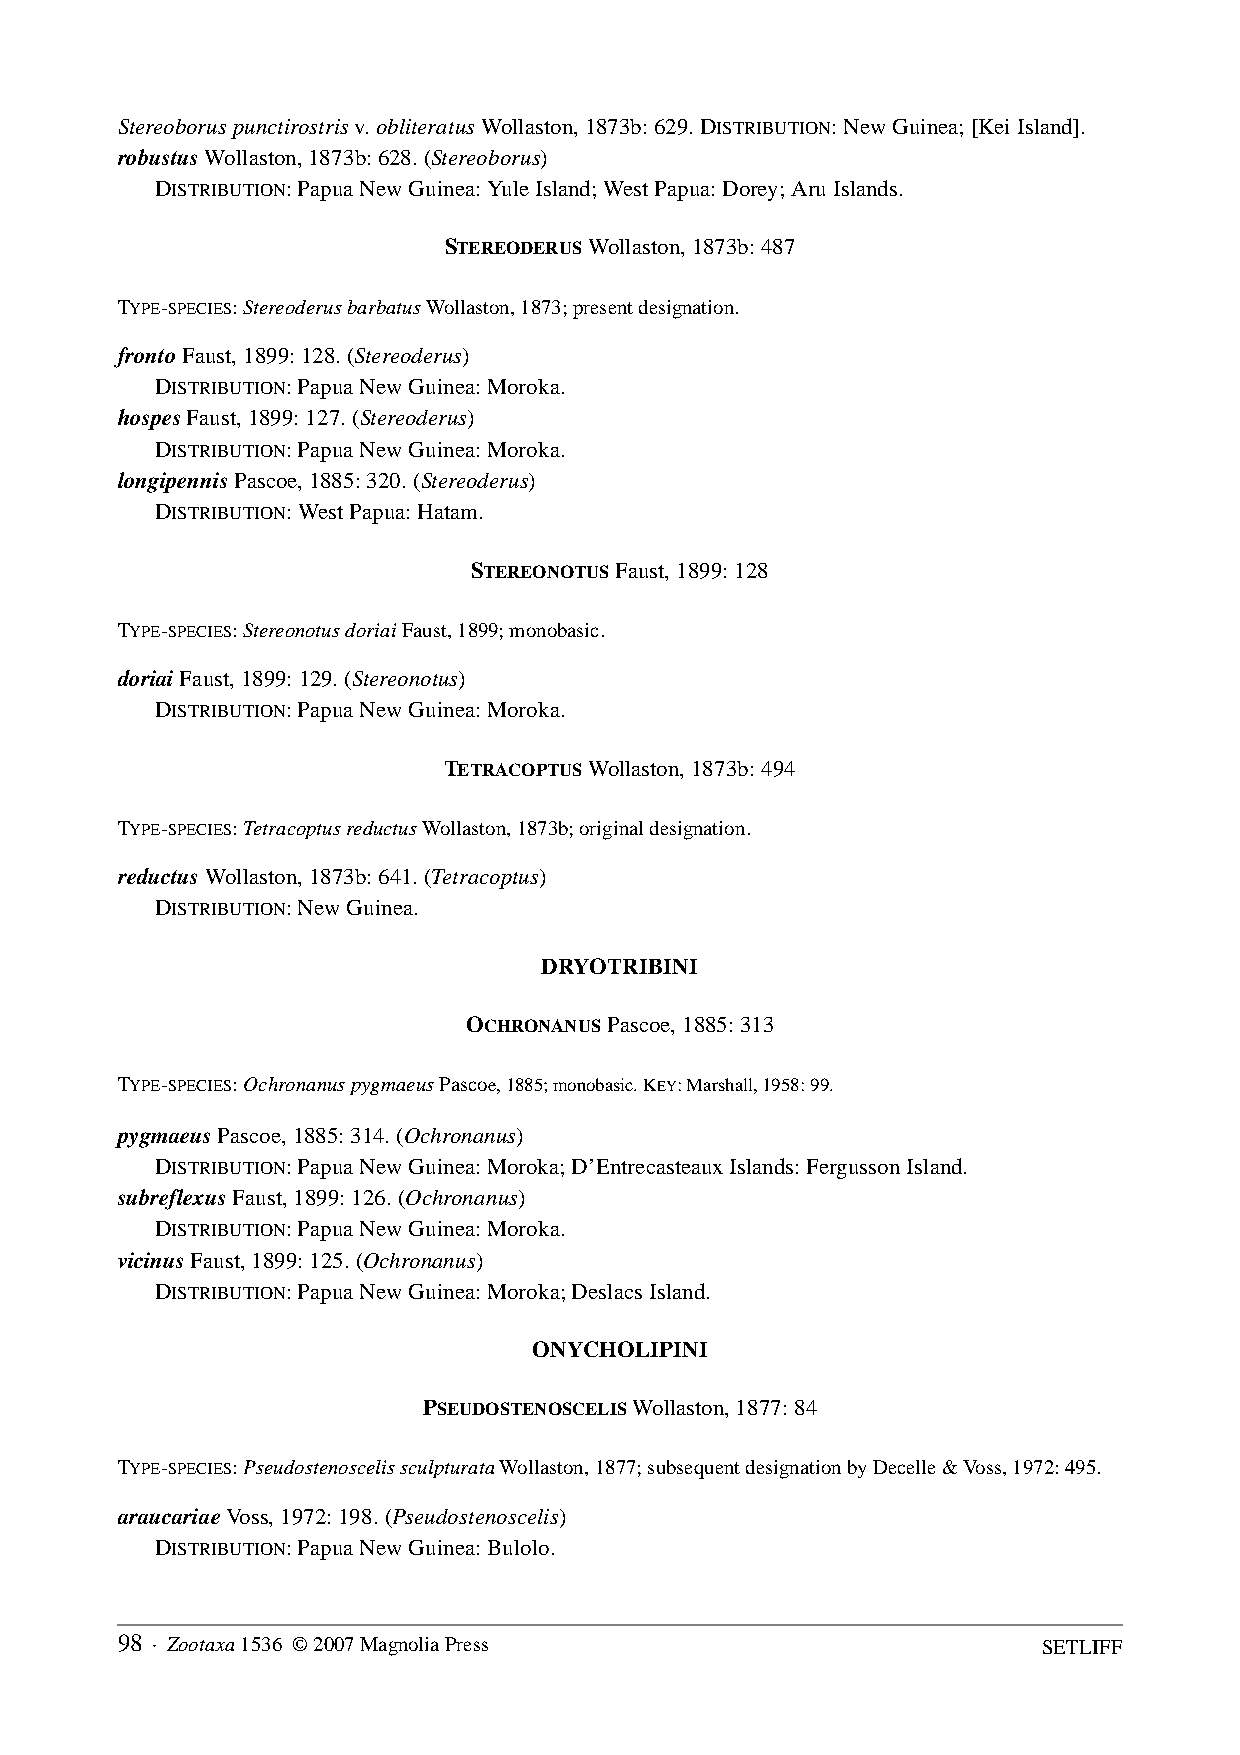
Stereoborus punctirostris v. obliteratus Wollaston, 1873b: 629. DISTRIBUTION: New Guinea; [Kei Island].
 robustus Wollaston, 1873b: 628. (Stereoborus)
 DISTRIBUTION: Papua New Guinea: Yule Island; West Papua: Dorey; Aru Islands.
 STEREODERUS Wollaston, 1873b: 487
 TYPE-SPECIES: Stereoderus barbatus Wollaston, 1873; present designation.
 fronto Faust, 1899: 128. (Stereoderus)
 DISTRIBUTION: Papua New Guinea: Moroka.
 hospes Faust, 1899: 127. (Stereoderus)
 DISTRIBUTION: Papua New Guinea: Moroka.
 longipennis Pascoe, 1885: 320. (Stereoderus)
 DISTRIBUTION: West Papua: Hatam.
 STEREONOTUS Faust, 1899: 128
 TYPE-SPECIES: Stereonotus doriai Faust, 1899; monobasic.
 doriai Faust, 1899: 129. (Stereonotus)
 DISTRIBUTION: Papua New Guinea: Moroka.
 TETRACOPTUS Wollaston, 1873b: 494
 TYPE-SPECIES: Tetracoptus reductus Wollaston, 1873b; original designation.
 reductus Wollaston, 1873b: 641. (Tetracoptus)
 DISTRIBUTION: New Guinea.
 DRYOTRIBINI
 OCHRONANUS Pascoe, 1885: 313
 TYPE-SPECIES: Ochronanus pygmaeus Pascoe, 1885; monobasic. KEY: Marshall, 1958: 99.
 pygmaeus Pascoe, 1885: 314. (Ochronanus)
 DISTRIBUTION: Papua New Guinea: Moroka; D’Entrecasteaux Islands: Fergusson Island.
 subreflexus Faust, 1899: 126. (Ochronanus)
 DISTRIBUTION: Papua New Guinea: Moroka.
 vicinus Faust, 1899: 125. (Ochronanus)
 DISTRIBUTION: Papua New Guinea: Moroka; Deslacs Island.
 ONYCHOLIPINI
 PSEUDOSTENOSCELIS Wollaston, 1877: 84
 TYPE-SPECIES: Pseudostenoscelis sculpturata Wollaston, 1877; subsequent designation by Decelle & Voss, 1972: 495.
 araucariae Voss, 1972: 198. (Pseudostenoscelis)
 DISTRIBUTION: Papua New Guinea: Bulolo.
 98 · Zootaxa 1536 © 2007 Magnolia Press                      SETLIFF